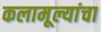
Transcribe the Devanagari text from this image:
कलामूल्यांचा